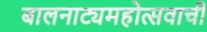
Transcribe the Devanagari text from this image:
बालनाट्यमहोत्सवाची